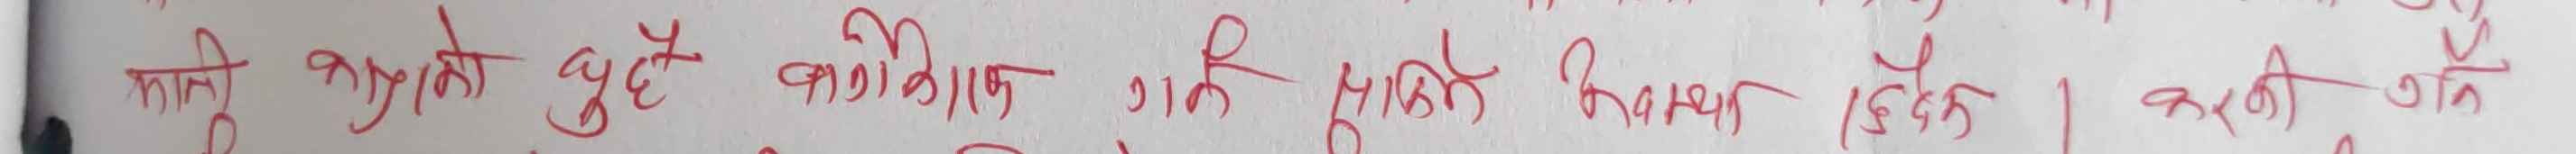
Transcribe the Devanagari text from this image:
मन को कुरा दुबै कणिका गई सारी बचत छिपने | करती को न